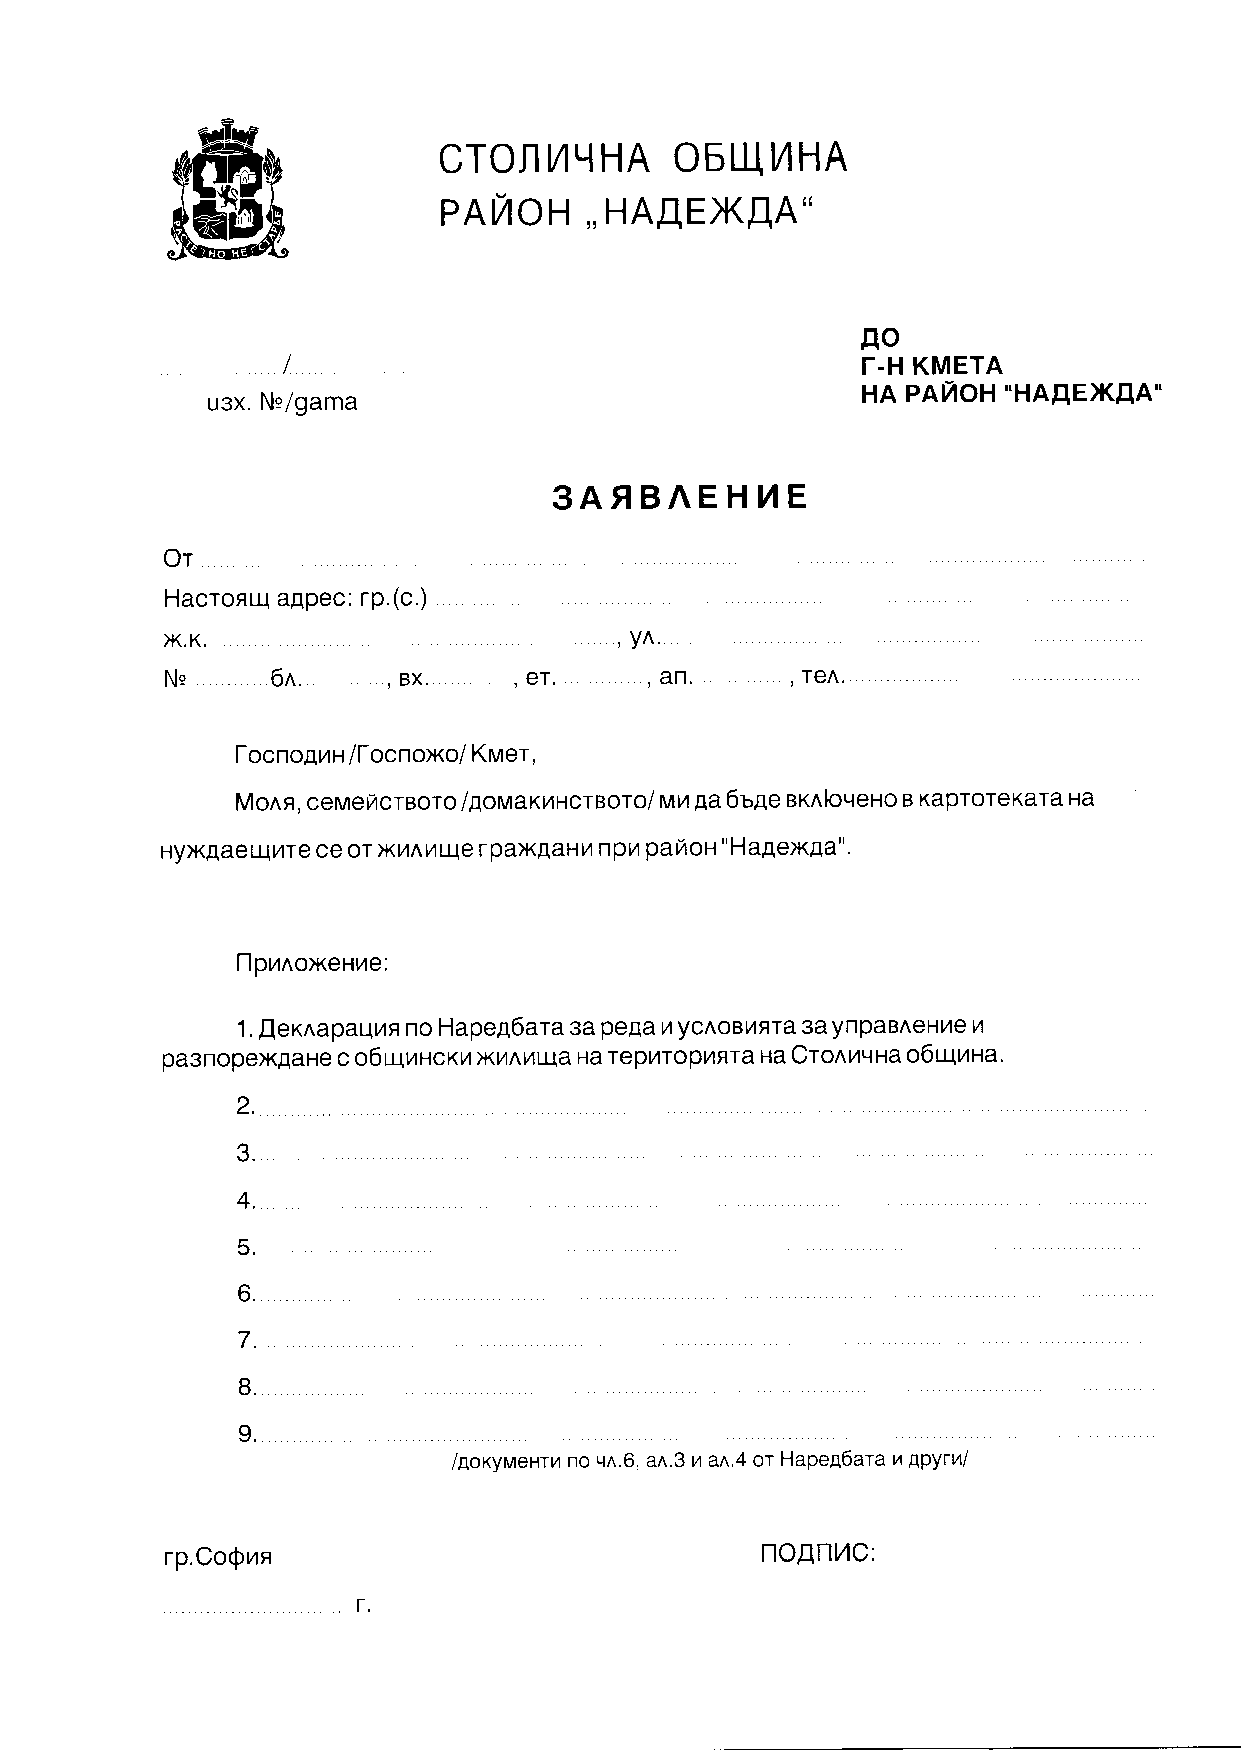
*ffiu
 cror
 l,trr HA o6u-t NHA
 pnNou,,HAIEX!,A"
 ffi
 tro
 I                                     r.H KMETA
 pnffoH
 nR        "HA,qExElA"
 usx. Ne/gama
 3AflBNEHTE
 Or
 Hacronul aapec: rp. (c.)
 x.K.
 yn.
 ,
 Ne     6n.     , BX.   , €T.    ,afl.    , TeA. . .
 l-oc no.qr n /[-oc noNo/ Knner,
 MonR, ceMeficrBoro /.qorvraKrHcrBoro I vn na6u.qe sxnJoqeF{o B KaproreKara Ha
 Hyx.qae ul ilTe ce or xl4n 14 ule r paxgaH tA t1pt4 pa rZ o H " H a.qex.qa".
 [lprnoxeHre:
 1. fler<napar1lrA no Hapen6arasape.qa vyctoBtA+ra 3aynpaBneHile il
 pa3nope)KraHe c o6ulrucK14 xr/Al4rra Ha repilTopr4flTa Ha Cronrqna o6ulrna.
 2.
 3.
 4.
 5.
 6.
 7.
 8.
 o
 loo^Vr"*r, no qn O an.3 vtrn.O o, Hapel6ara n apyrul
 ro!t-tr/c:
 rp.CoQnn
 r.